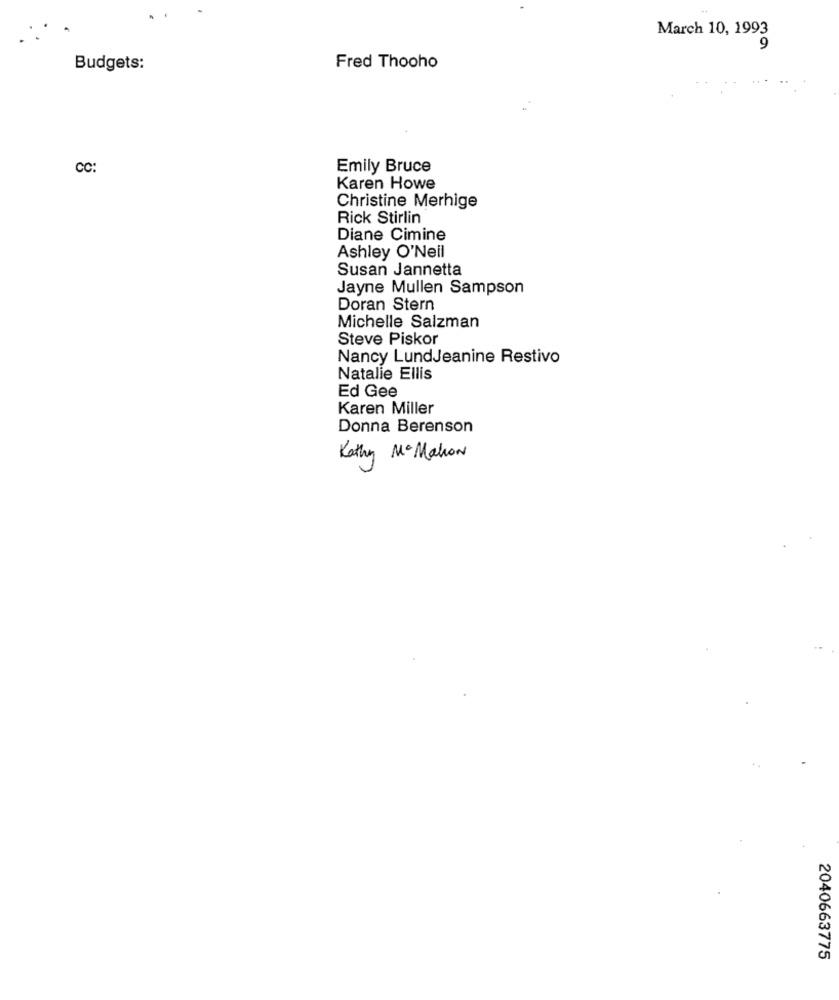
March 10, 1993
9
Budgets:
Fred Thooho
CC:
Emily Bruce
Karen Howe
Christine Merhige
Rick Stirlin
Diane Cimine
Ashley O'Neil
Susan Jannetta
Jayne Mullen Sampson
Doran Stern
Michelle Salzman
Steve Piskor
Nancy LundJeanine Restivo
Natalie Ellis
Ed Gee
Karen Miller
Donna Berenson
Kathy McMahon
2040663775